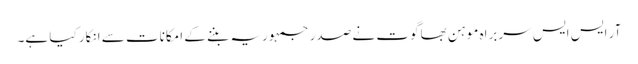
آر ایس ایس سربراہ موہن بھاگوت نے صدر جمہوریہ بننے کے امکانات سے انکار کیا ہے۔